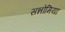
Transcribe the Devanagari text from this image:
सन्नोमिया